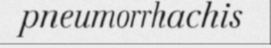
pneumorrhachis